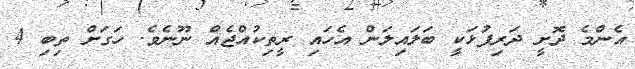
އެންމެ ދޮށީ ދަރިފުޅަކީ ބަލައިލަން އެހައި ރީތިކުއްޖެއް ނޫނެވެ. ހަގަށް ތިބި 4